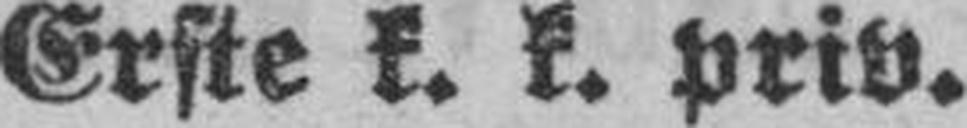
Erste k. k. priv.